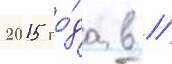
2015 го́да в //